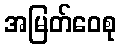
အမြတ်ဝေစု